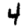
Digit: 4